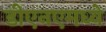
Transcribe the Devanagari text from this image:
डीएनएमध्ये